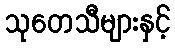
သုတေသီများနှင့်